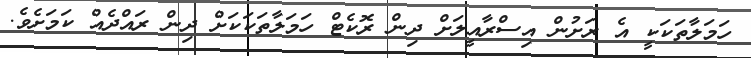
ހަމަލާތަކަކީ އެ ރަށުން އިސްރާއީލަށް ދިން ރޮކެޓް ހަމަލާތަކަކަށް ދިން ރައްދެއް ކަމަށެވެ.